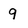
Character: 9